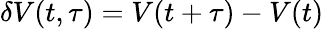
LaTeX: \delta V(t,\tau)=V(t+\tau)-V(t)